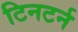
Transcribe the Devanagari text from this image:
टिनटर्न